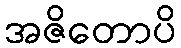
အဇိတောပိ